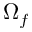
\Omega _ { f }